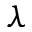
\lambda